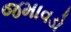
જમાવડો